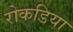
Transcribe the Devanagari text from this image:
रोकडिया